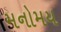
મનોમય